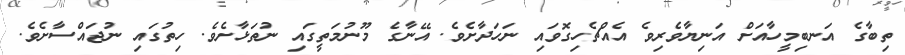
ތިބާގެ އަނބިމީހާއަށް އަނިޔާވެރިވެ އެއްޗެހިގޮވައި ނަހަދާށެވެ. އޭނާގެ މޫނުމަތީގައި ނުތަޅާށެވެ. ހިތުގައި ނުޖައްސާށެވެ.